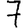
Digit: 7